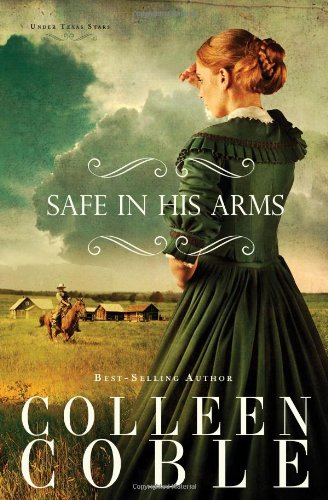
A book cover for Safe in His Arms (Under Texas Stars); Colleen Coble; Christian Books & Bibles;